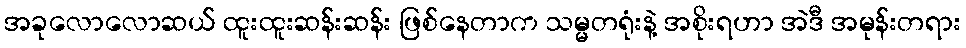
အခုလောလောဆယ် ထူးထူးဆန်းဆန်း ဖြစ်နေတာက သမ္မတရုံးနဲ့ အစိုးရဟာ အဲဒီ အမုန်းတရား